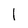
Character: l